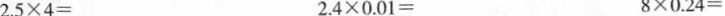
2.5×4= 2.4×0.01= 8×0.24=